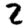
Digit: 2